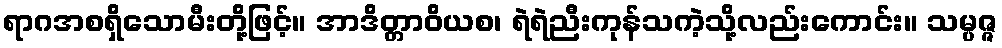
ရာဂအစရှိသောမီးတို့ဖြင့်။ အာဒိတ္တာဝိယစ၊ ရဲရဲညီးကုန်သကဲ့သို့လည်းကောင်း။ သမ္ပဇ္ဇ